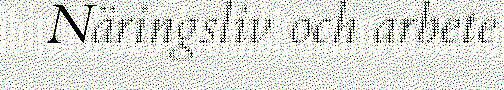
Näringsliv och arbete